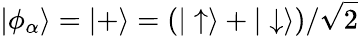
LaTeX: \vert\phi_{\alpha}\rangle=\vert+\rangle=(\vert\uparrow\rangle+\vert\downarrow\rangle)/\sqrt{2}